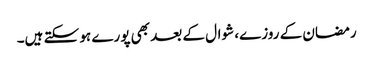
رمضان کے روزے، شوال کے بعد بھی پورے ہو سکتے ہیں۔